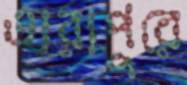
তারাপুরে